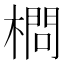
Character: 𣙎